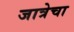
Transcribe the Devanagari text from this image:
जात्रेचा